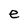
Character: e